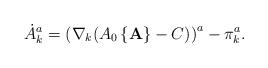
LaTeX: \begin{align*}\dot{A}_{k}^{a} = \left (\nabla_{k}(A_{0}\left \{{\bf A} \right \} - C) \right )^{a} - \pi_{k}^{a}.\end{align*}